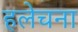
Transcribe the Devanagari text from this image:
हलेचना